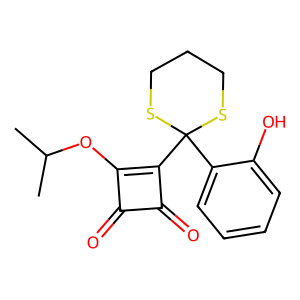
SMILES: CC(C)Oc1c(C2(c3ccccc3O)SCCCS2)c(=O)c1=O
Inhibits HIV replication: No